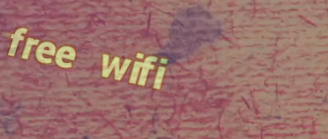
free wifi